system: You are a helpful assistant.
user:
Analyze the provided spectrum to determine if it is a **S-type Star**.

- **Key Indicators for S-type Star:**

    - **(Overall Spectrum Shape):** The first and most obvious characteristic is the overall continuum (the "baseline" shape). It is **extremely "red-sloping,"** meaning the flux (light intensity) is very low on the left side (blue, ~4000-4500 Å) and rises steeply and continuously toward the right side (red, ~7000 Å+).

    - **(Primary):** The spectrum is defined by the presence of strong, broad molecular absorption "valleys" (bands) from **Zirconium Oxide (ZrO)**. The identification of these bands is the **primary requirement** for classifying a star as S-type.
        - **(Key Bandheads):** You must find distinct, deep "dips" where the light has been absorbed. The most critical band systems to locate are:
            - **~6474 Å** ($\gamma$-system): This is often the strongest and clearest ZrO feature, found in the red part of the spectrum.
            - **~5718 Å** & **~5551 Å** ($\beta$-system): A pair of prominent absorption features in the yellow-orange part of the spectrum.
            - **~4640 Å** ($\alpha$-system): A key absorption band system in the blue-green region of the spectrum.

    - **(Secondary Confirmation):** The classification is strengthened by finding additional absorption bands from other related heavy element oxides, which are expected to be present alongside ZrO.
        - **(Key Bandheads):**
            - **Yttrium Oxide (YO):** Look for absorption dips near **~4800 Å** and **~6100 Å**.
            - **Lanthanum Oxide (LaO):** Additional absorption features, particularly in the red-orange part of the spectrum, are also characteristic.

    - **(Line Profile):** The combination of the steep red continuum and these numerous, deep molecular bands (ZrO, YO, etc.) gives the entire spectrum a very **"chopped-up"** or **"bumpy"** appearance. Instead of a smooth curve, the spectrum looks as though large, wide chunks of light have been "carved out" of it at the specific wavelengths listed above.

Think first, call **spectral_visualization_tool** if needed to examine features in detail, then provide your final answer. Your response must adhere to the following strict rules:
1.  **Overall Structure:** Your response must follow the format `<think>...</think> <tool_call>...</tool_call> (if a tool is used) <answer>...</answer>`.
2.  **Tool Usage Constraint:** You may only make **one** tool call per turn.
3.  **Final Answer Format:** In the `<answer>` tag, your conclusion must be inside a `\boxed{}` command (e.g., `\boxed{YES}` or `\boxed{NO}`), followed by your justification.

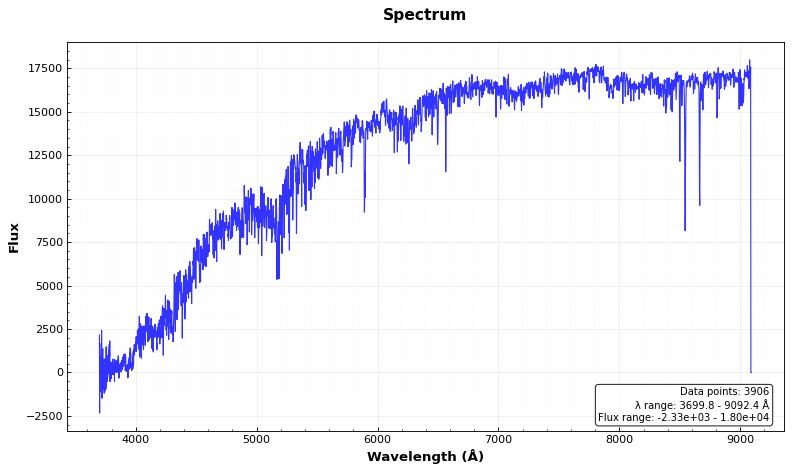
Answer: NO